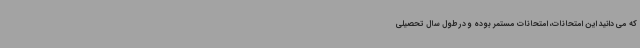
که می دانید این امتحانات، امتحانات مستمر بوده و در طول سال تحصیلی